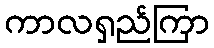
ကာလရှည်ကြာ